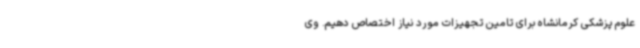
علوم پزشکی کرمانشاه برای تامین تجهیزات مورد نیاز اختصاص دهیم. وی